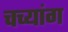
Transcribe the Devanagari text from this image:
चच्यांग